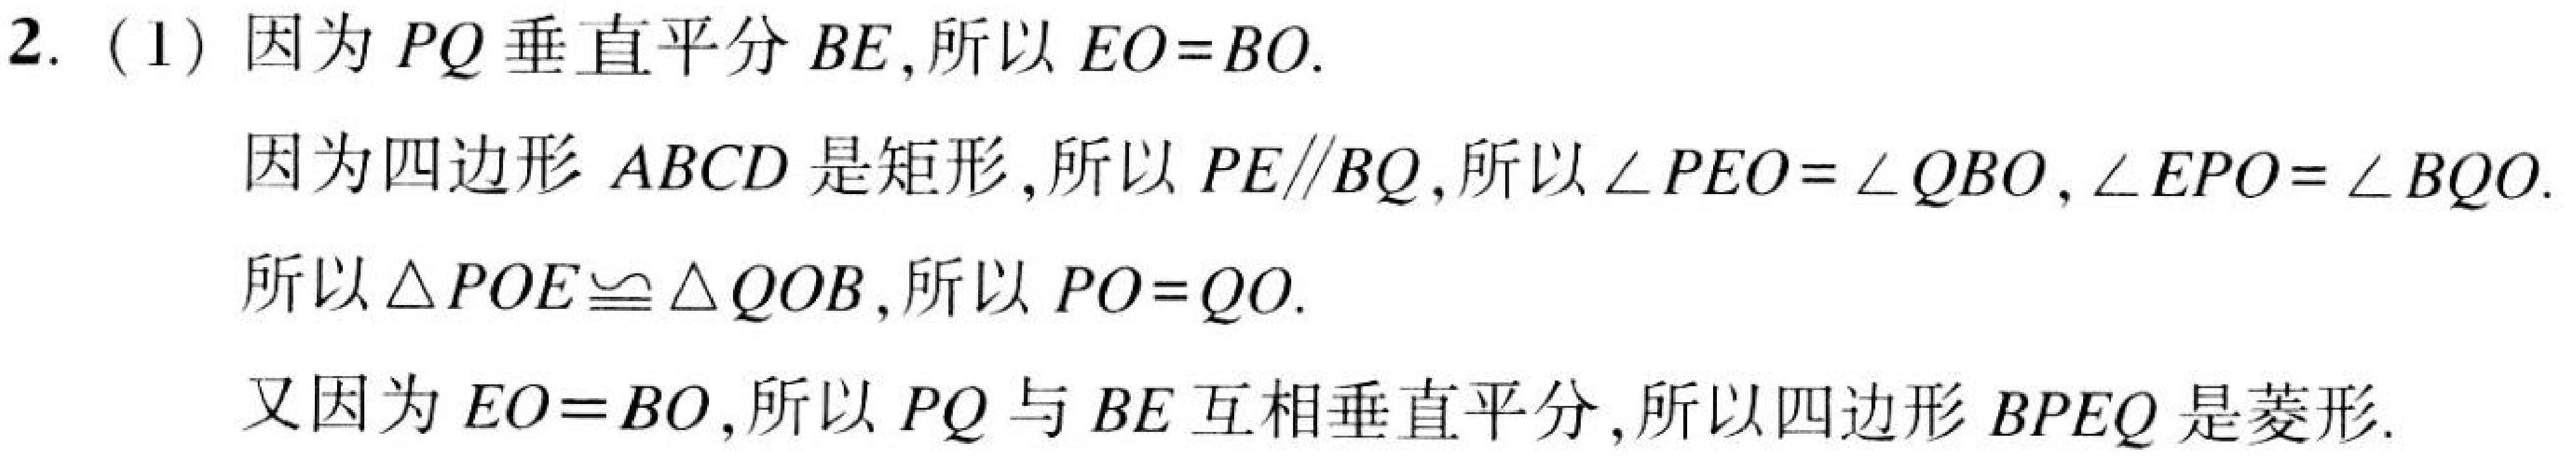
2. (1) 因为 \(PQ\) 垂直平分 \(BE\),所以 \(EO = BO\).
因为四边形 \(ABCD\) 是矩形,所以 \(PE\parallel BQ\),所以 \(\angle PEO=\angle QBO,\angle EPO=\angle BQO\).
所以 \(\triangle POE\cong\triangle QOB\),所以 \(PO = QO\).
又因为 \(EO = BO\),所以 \(PQ\) 与 \(BE\) 互相垂直平分,所以四边形 \(BPEQ\) 是菱形.